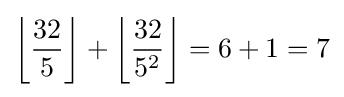
\left\lfloor {\frac {32}{5}}\right\rfloor +\left\lfloor {\frac {32}{5^{2}}}\right\rfloor =6+1=7